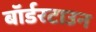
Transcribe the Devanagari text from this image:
बॉर्डरटाउन